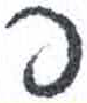
אות: פ